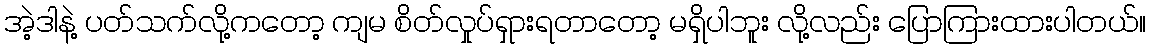
အဲ့ဒါနဲ့ ပတ်သက်လို့ကတော့ ကျမ စိတ်လှုပ်ရှားရတာတော့ မရှိပါဘူး လို့လည်း ပြောကြားထားပါတယ်။